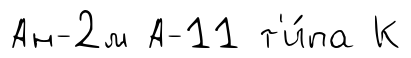
Ан-2м А-11 т'и́па К